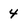
Character: 4